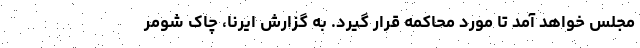
مجلس خواهد آمد تا مورد محاکمه قرار گیرد. به گزارش ایرنا، چاک شومر